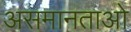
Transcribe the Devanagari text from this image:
असमानताओ